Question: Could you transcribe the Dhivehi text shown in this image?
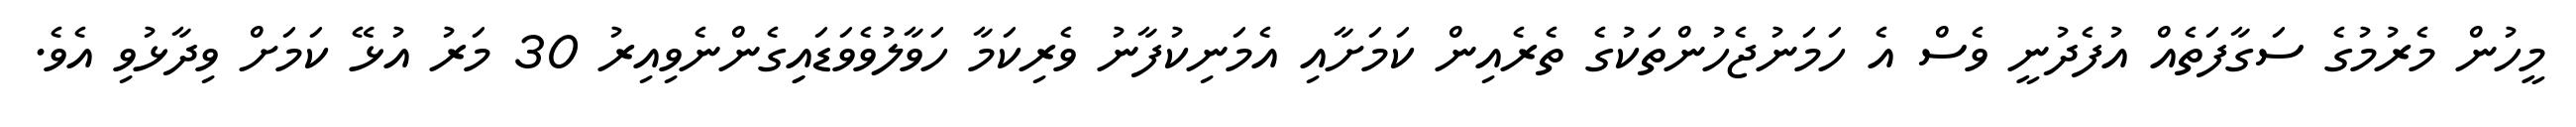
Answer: މީހުން މެރުމުގެ ސަގާފަތެއް އުފެދުނީ ވެސް އެ ހަމަނުޖެހުންތަކުގެ ތެރެއިން ކަމަށާއި އެމަނިކުފާނު ވެރިކަމާ ހަވާލުވެވަޑައިިގެންނެވިއިރު 30 މަރު އުޅޭ ކަމަށް ވިދާޅުވި އެވެ.